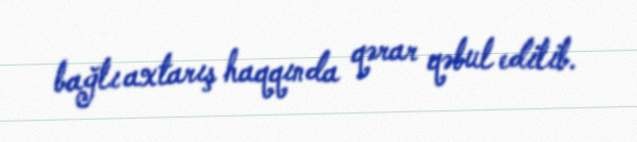
bağlı axtarış haqqında qərar qəbul edilib.